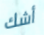
أشك